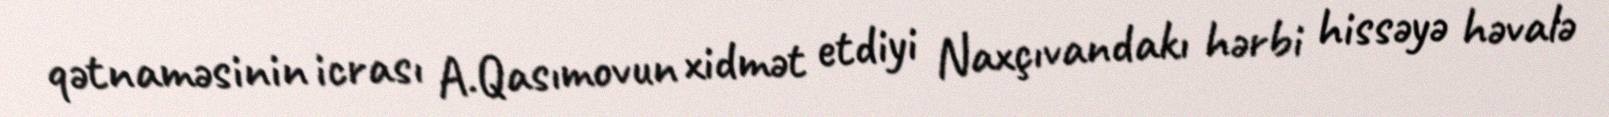
qətnaməsinin icrası A.Qasımovun xidmət etdiyi Naxçıvandakı hərbi hissəyə həvalə